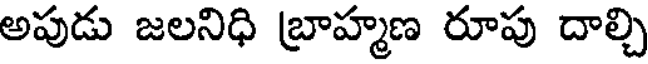
అపుడు జలనిధి బ్రాహ్మణ రూపు దాల్చి